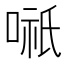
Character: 𭉌